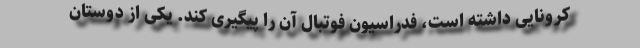
کرونایی داشته است، فدراسیون فوتبال آن را پیگیری کند. یکی از دوستان